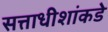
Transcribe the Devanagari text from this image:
सत्ताधीशांकडे